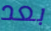
بعد